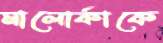
মালোর্কাকে